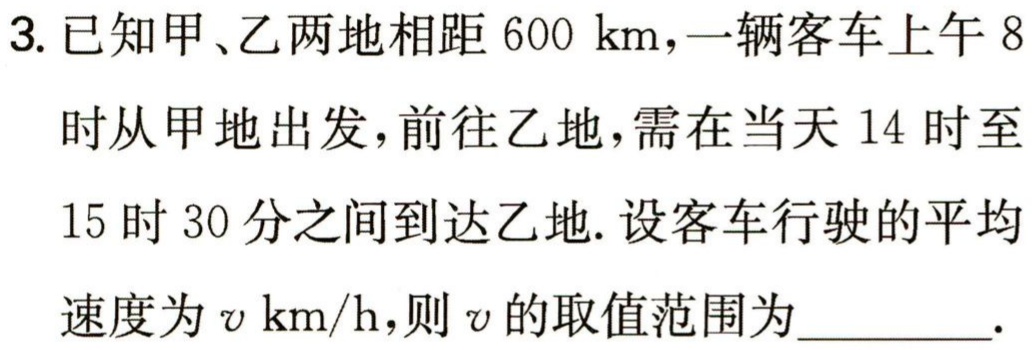
3. 已知甲、乙两地相距 \(600\ \text{km}\)，一辆客车上午 \(8\)时从甲地出发，前往乙地，需在当天 \(14\)时至 \(15\)时 \(30\)分之间到达乙地. 设客车行驶的平均速度为 \(v\ \text{km/h}\)，则 \(v\) 的取值范围为_________.